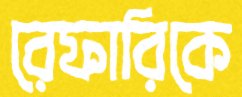
রেফারিকে